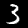
Digit: 3